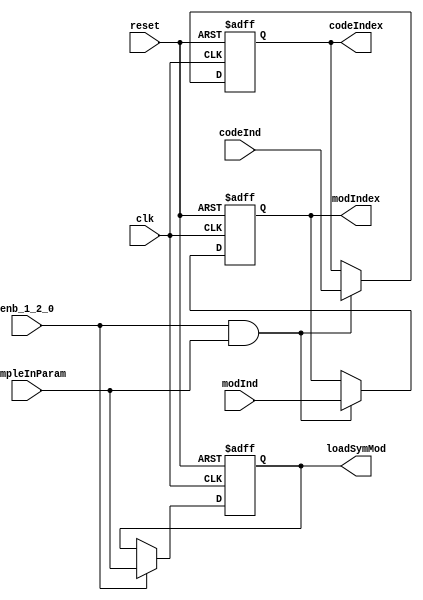
// -------------------------------------------------------------
// 
// 
// Generated by MATLAB 9.13 and HDL Coder 4.0
// 
// -------------------------------------------------------------


// -------------------------------------------------------------
// 
// Module: whdlOFDMTx_Input_Sampler
// Source Path: whdlOFDMTx/Frame Controller and Input Sampler/Input Sampler
// Hierarchy Level: 3
// 
// -------------------------------------------------------------

`timescale 1 ns / 1 ns

module whdlOFDMTx_Input_Sampler
          (clk,
           reset,
           enb_1_2_0,
           modInd,
           codeInd,
           sampleInParam,
           modIndex,
           codeIndex,
           loadSymMod);


  input   clk;
  input   reset;
  input   enb_1_2_0;
  input   [1:0] modInd;  // ufix2
  input   [1:0] codeInd;  // ufix2
  input   sampleInParam;
  output  [1:0] modIndex;  // ufix2
  output  [1:0] codeIndex;  // ufix2
  output  loadSymMod;


  reg [1:0] Unit_Delay_Enabled_Synchronous_out1;  // ufix2
  reg [1:0] Unit_Delay_Enabled_Synchronous1_out1;  // ufix2
  reg  Delay_out1;


  always @(posedge clk or posedge reset)
    begin : Unit_Delay_Enabled_Synchronous_process
      if (reset == 1'b1) begin
        Unit_Delay_Enabled_Synchronous_out1 <= 2'b01;
      end
      else begin
        if (enb_1_2_0 && sampleInParam) begin
          Unit_Delay_Enabled_Synchronous_out1 <= modInd;
        end
      end
    end



  assign modIndex = Unit_Delay_Enabled_Synchronous_out1;

  always @(posedge clk or posedge reset)
    begin : Unit_Delay_Enabled_Synchronous1_process
      if (reset == 1'b1) begin
        Unit_Delay_Enabled_Synchronous1_out1 <= 2'b00;
      end
      else begin
        if (enb_1_2_0 && sampleInParam) begin
          Unit_Delay_Enabled_Synchronous1_out1 <= codeInd;
        end
      end
    end



  assign codeIndex = Unit_Delay_Enabled_Synchronous1_out1;

  always @(posedge clk or posedge reset)
    begin : Delay_process
      if (reset == 1'b1) begin
        Delay_out1 <= 1'b0;
      end
      else begin
        if (enb_1_2_0) begin
          Delay_out1 <= sampleInParam;
        end
      end
    end



  assign loadSymMod = Delay_out1;

endmodule  // whdlOFDMTx_Input_Sampler